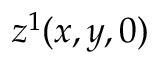
z ^ { 1 } ( x , y , 0 )